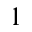
1